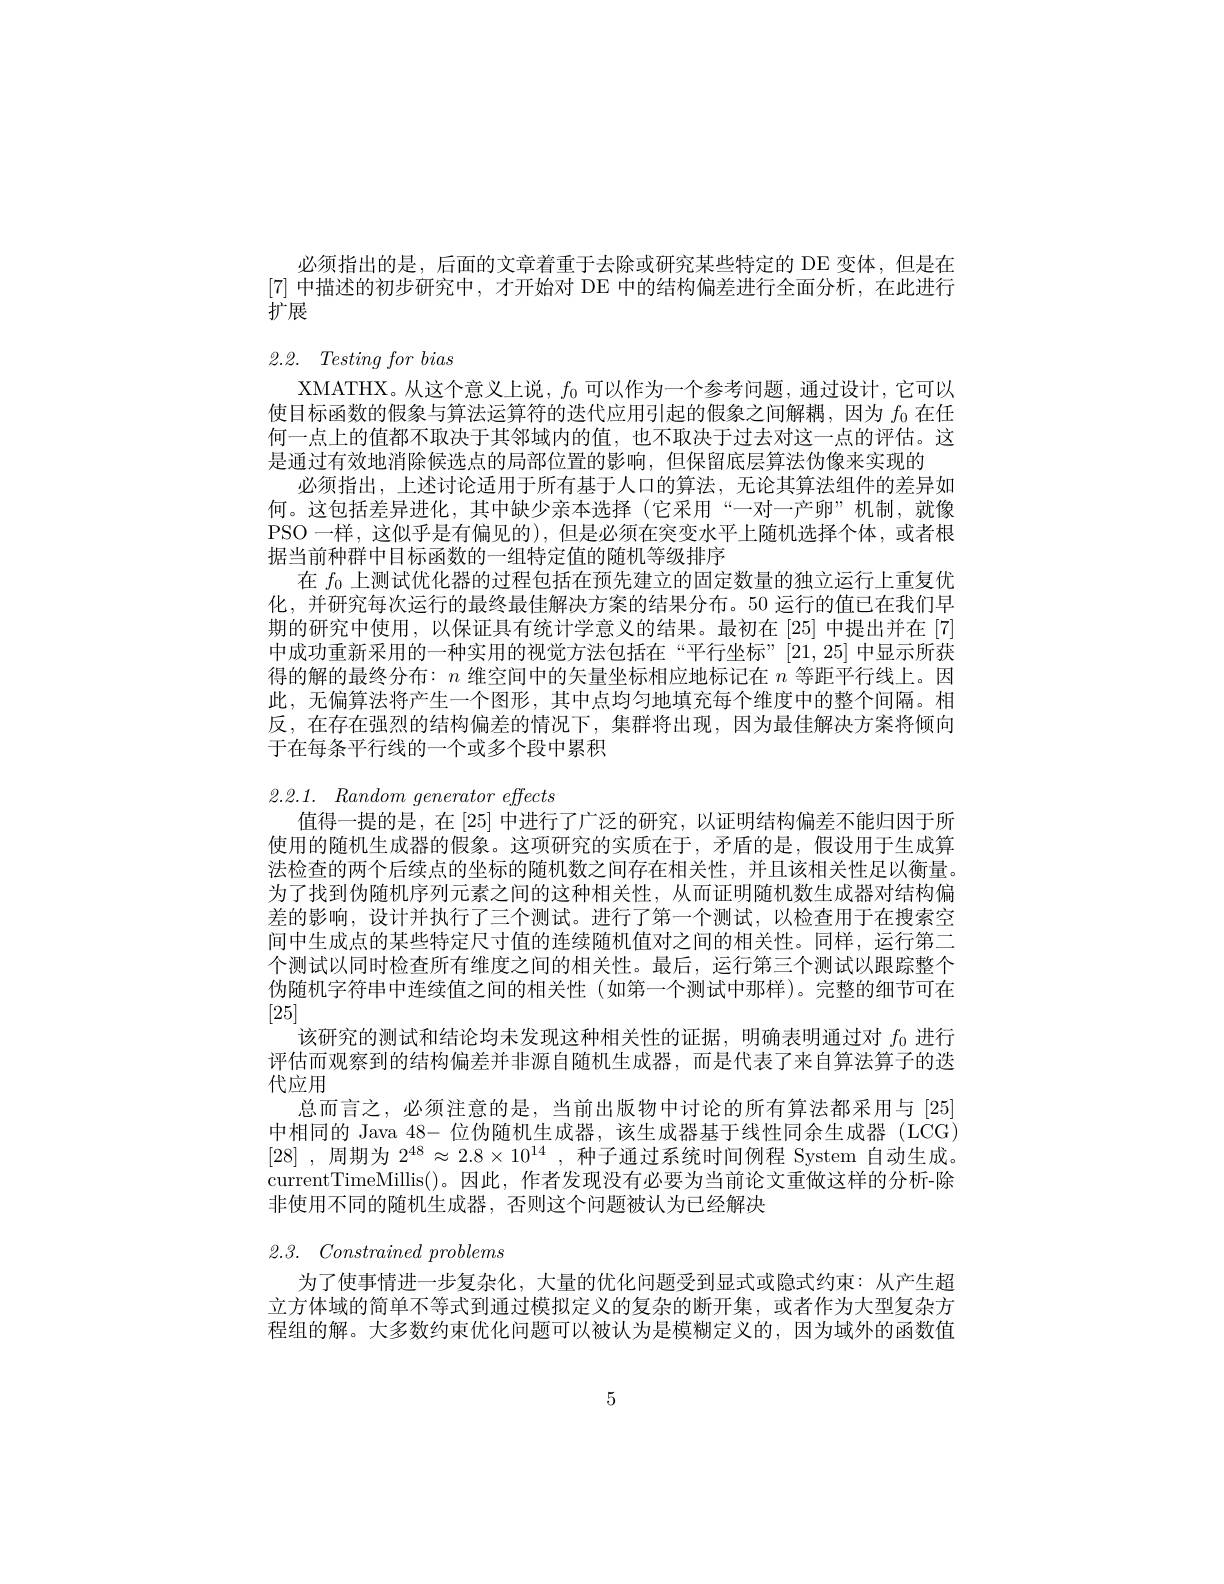
必须指出的是，后面的文章着重于去除或研究某些特定的 DE 变体，但是在[7]中描述的初步研究中，才开始对 DE 中的结构偏差进行全面分析，在此进行扩展

# 2.2. Testing for bias

XMATHX。从这个意义上说，$f_0$可以作为一个参考问题，通过设计，它可以使目标函数的假象与算法运算符的迭代应用引起的假象之间解耦，因为$f_{0}$在任何一点上的值都不取决于其邻域内的值，也不取决于过去对这一点的评估。这是通过有效地消除候选点的局部位置的影响，但保留底层算法伪像来实现的
必须指出，上述讨论适用于所有基于人口的算法，无论其算法组件的差异如何。这包括差异进化，其中缺少亲本选择(它采用“一对一产卵”机制，就像PSO 一样，这似乎是有偏见的), 但是必须在突变水平上随机选择个体，或者根据当前种群中目标函数的一组特定值的随机等级排序
在$f_0$上测试优化器的过程包括在预先建立的固定数量的独立运行上重复优化，并研究每次运行的最终最佳解决方案的结果分布。50 运行的值已在我们早期的研究中使用，以保证具有统计学意义的结果。最初在[25] 中提出并在[7] 中成功重新采用的一种实用的视觉方法包括在“平行坐标”[21,25]中显示所获得的解的最终分布：$n$维空间中的矢量坐标相应地标记在$n$等距平行线上。因此，无偏算法将产生一个图形，其中点均匀地填充每个维度中的整个间隔。相反，在存在强烈的结构偏差的情况下，集群将出现，因为最佳解决方案将倾向于在每条平行线的一个或多个段中累积

2.2.1. Random generator effects

值得一提的是，在[25] 中进行了广泛的研究，以证明结构偏差不能归因于所使用的随机生成器的假象。这项研究的实质在于，矛盾的是，假设用于生成算法检查的两个后续点的坐标的随机数之间存在相关性，并且该相关性足以衡量。为了找到伪随机序列元素之间的这种相关性，从而证明随机数生成器对结构偏差的影响，设计并执行了三个测试。进行了第一个测试，以检查用于在搜索空间中生成点的某些特定尺寸值的连续随机值对之间的相关性。同样，运行第二个测试以同时检查所有维度之间的相关性。最后，运行第三个测试以跟踪整个伪随机字符串中连续值之间的相关性(如第一个测试中那样)。完整的细节可在[25]
该研究的测试和结论均未发现这种相关性的证据，明确表明通过对$f_{0}$进行评估而观察到的结构偏差并非源自随机生成器，而是代表了来自算法算子的迭代应用
总而言之，必须注意的是，当前出版物中讨论的所有算法都采用与[25] 中相同的 Java 48- 位伪随机生成器，该生成器基于线性同余生成器 (LCG) [28] ,周期为$2^48\approx2.8\times10^{14}$ ,种子通过系统时间例程 System 自动生成。currentTimeMillis()。因此，作者发现没有必要为当前论文重做这样的分析-除非使用不同的随机生成器，否则这个问题被认为已经解决

# 2.3. Constrainedproblems

为了使事情进一步复杂化，大量的优化问题受到显式或隐式约束：从产生超立方体域的简单不等式到通过模拟定义的复杂的断开集，或者作为大型复杂方程组的解。大多数约束优化问题可以被认为是模糊定义的，因为域外的函数值

5